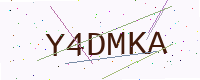
Text: Y4DMKA